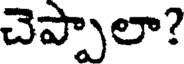
చెప్పాలా?